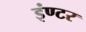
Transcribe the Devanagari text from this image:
इंण्टर